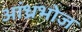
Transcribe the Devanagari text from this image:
आंध्रभोज